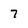
Character: 7